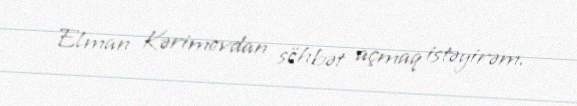
Elman Kərimovdan söhbət açmaq istəyirəm.